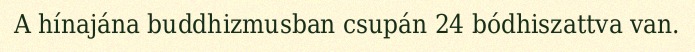
A hínajána buddhizmusban csupán 24 bódhiszattva van.